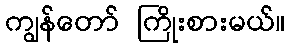
ကျွန်တော် ကြိုးစားမယ်။